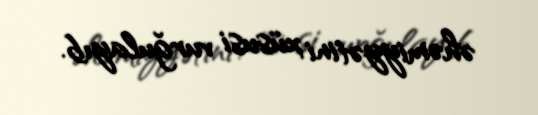
əhəmiyyətini xüsusi vurğulayıb.